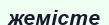
жемісте